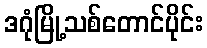
ဒဂုံမြို့သစ်တောင်ပိုင်း